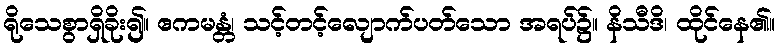
ရိုသေစွာရှိခိုး၍။ ဧကမန္တံ၊ သင့်တင့်လျောက်ပတ်သော အရပ်၌။ နိသီဒိ၊ ထိုင်နေ၏။